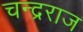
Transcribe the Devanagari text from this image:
चन्द्रराज